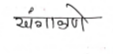
मजकूर: खंगाकाणे